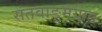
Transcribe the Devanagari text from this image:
संतवाङ्मयात